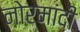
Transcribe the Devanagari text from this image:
नोरमांदी